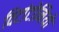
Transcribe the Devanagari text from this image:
विटांटोनियो